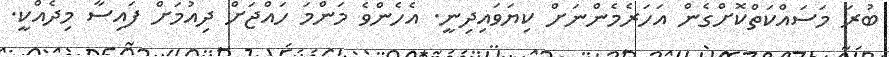
ބުރަ މަސައްކަތްކޮށްގެން އަހަރެމެންނަށް ކިޔަވައިދިނީ. އެހެންވެ މަންމަ ހައްޖަށް ދިއުމަށް ފައިސާ މިދެއްކީ.